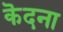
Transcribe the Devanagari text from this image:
कॆदना